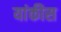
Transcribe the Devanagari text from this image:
यांकीस